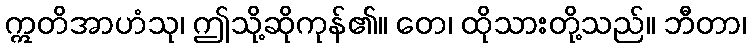
ဣတိအာဟံသု၊ ဤသို့ဆိုကုန်၏။ တေ၊ ထိုသားတို့သည်။ ဘီတာ၊